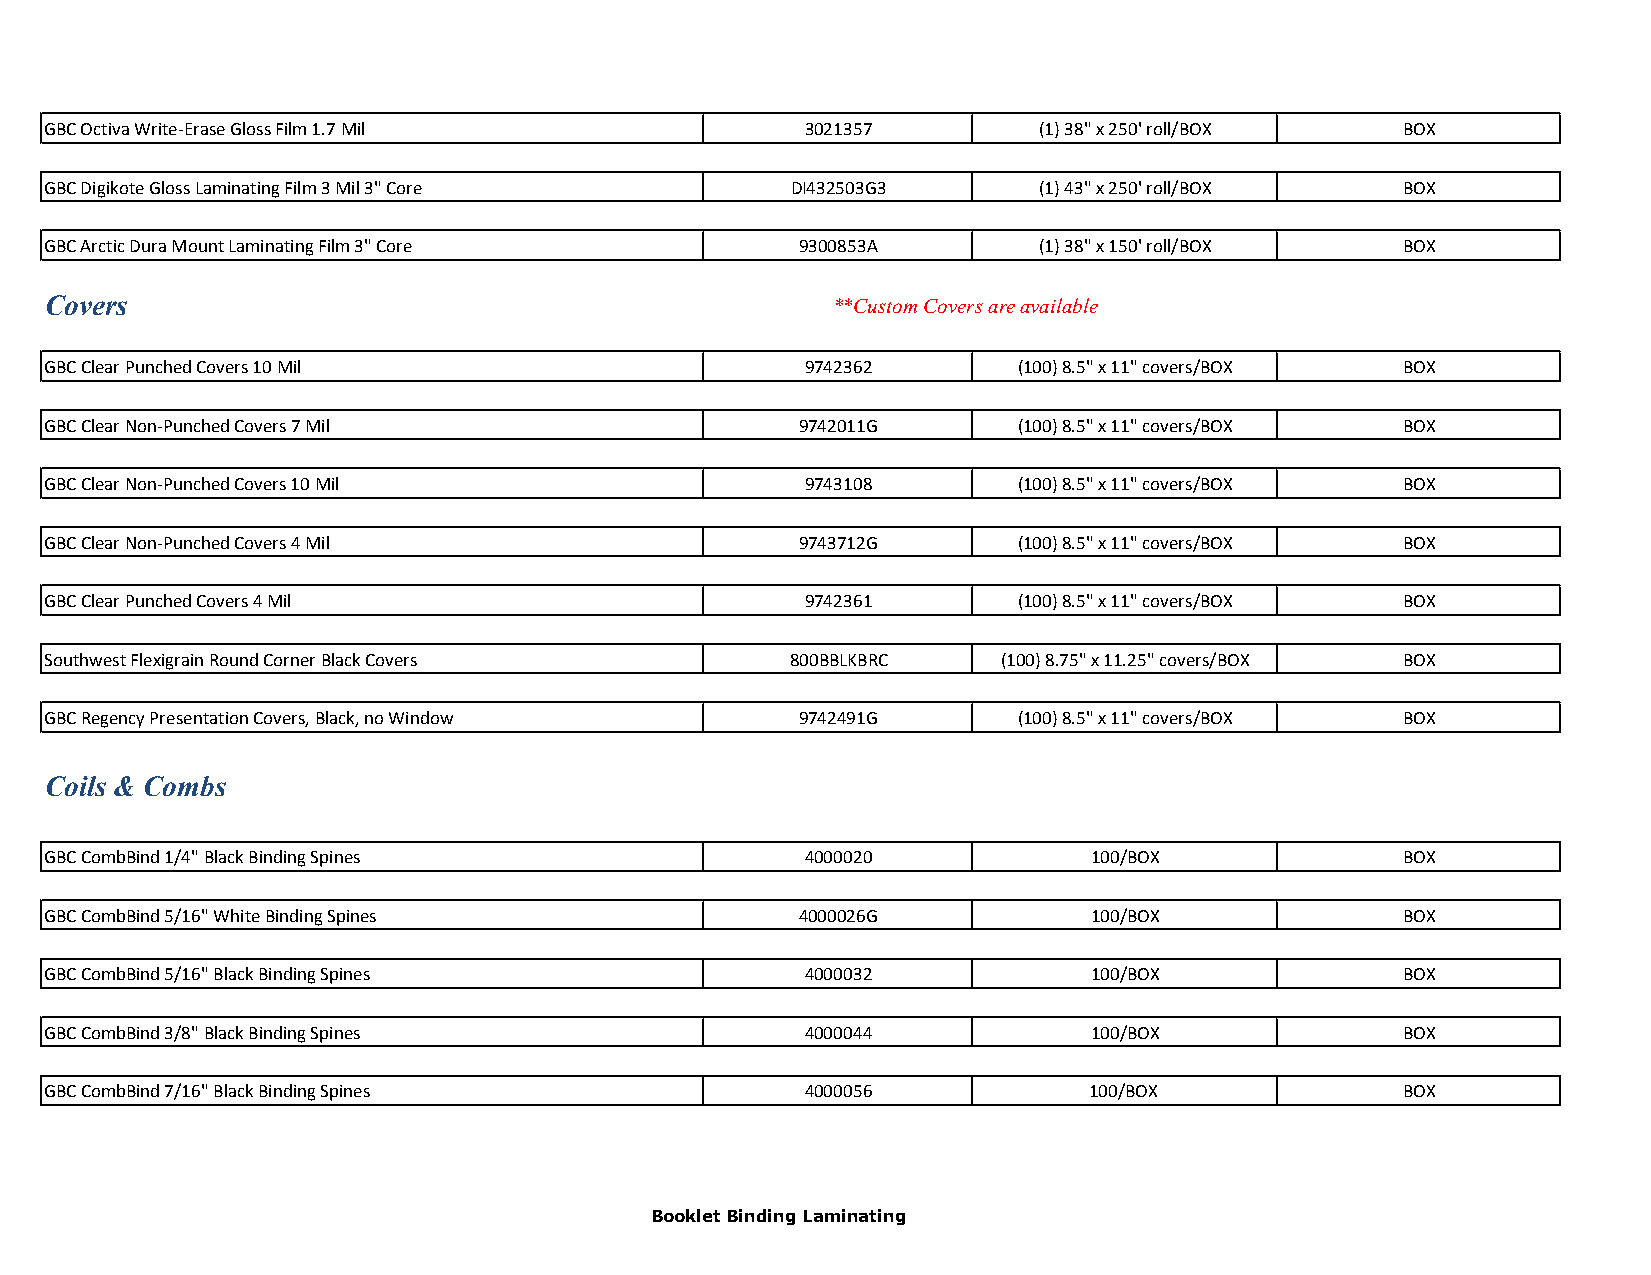
GBC Octiva Write-Erase Gloss Film 1.7 Mil         3021357         (1) 38" x 250' roll/BOX BOX
 GBC Digikote Gloss Laminating Film 3 Mil 3" Core DI432503G3       (1) 43" x 250' roll/BOX BOX
 GBC Arctic Dura Mount Laminating Film 3" Core     9300853A        (1) 38" x 150' roll/BOX BOX
 Covers                                              **Custom Covers are available
 GBC Clear Punched Covers 10 Mil                   9742362       (100) 8.5" x 11" covers/BOX BOX
 GBC Clear Non-Punched Covers 7 Mil                9742011G      (100) 8.5" x 11" covers/BOX BOX
 GBC Clear Non-Punched Covers 10 Mil               9743108       (100) 8.5" x 11" covers/BOX BOX
 GBC Clear Non-Punched Covers 4 Mil                9743712G      (100) 8.5" x 11" covers/BOX BOX
 GBC Clear Punched Covers 4 Mil                    9742361       (100) 8.5" x 11" covers/BOX BOX
 Southwest Flexigrain Round Corner Black Covers   800BBLKBRC    (100) 8.75" x 11.25" covers/BOX BOX
 GBC Regency Presentation Covers, Black, no Window 9742491G      (100) 8.5" x 11" covers/BOX BOX
 Coils & Combs
 GBC CombBind 1/4" Black Binding Spines            4000020            100/BOX              BOX
 GBC CombBind 5/16" White Binding Spines           4000026G           100/BOX              BOX
 GBC CombBind 5/16" Black Binding Spines           4000032            100/BOX              BOX
 GBC CombBind 3/8" Black Binding Spines            4000044            100/BOX              BOX
 GBC CombBind 7/16" Black Binding Spines           4000056            100/BOX              BOX
 Booklet Binding Laminating